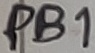
Text: PB1